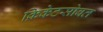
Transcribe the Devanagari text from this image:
क्रिकेटसोबत